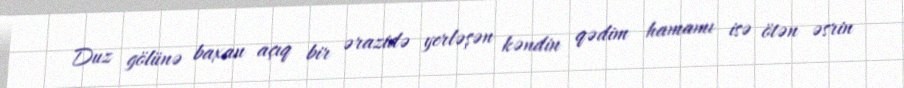
Duz gölünə baxan açıq bir ərazidə yerləşən kəndin qədim hamamı isə ötən əsrin